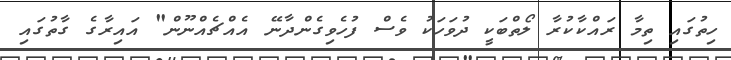
ހިތުގައި ތިމާ ރައްކާކުރާ ލޯތްބަކީ ދުވަހަކު ވެސް ފުހެވިގެންދާނޭ އެއްޗެއްނޫން" އައިރާގެ ގާތުގައި